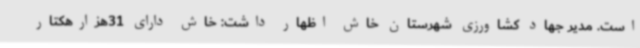
است. مدیر جهاد کشاورزی شهرستان خاش اظهار داشت: خاش دارای 31هزارهکتار